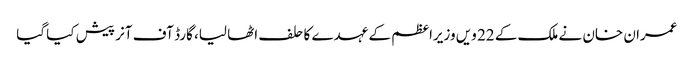
عمران خان نے ملک کے 22 ویں وزیراعظم کے عہدے کا حلف اٹھا لیا، گارڈ آف آنر پیش کیا گیا